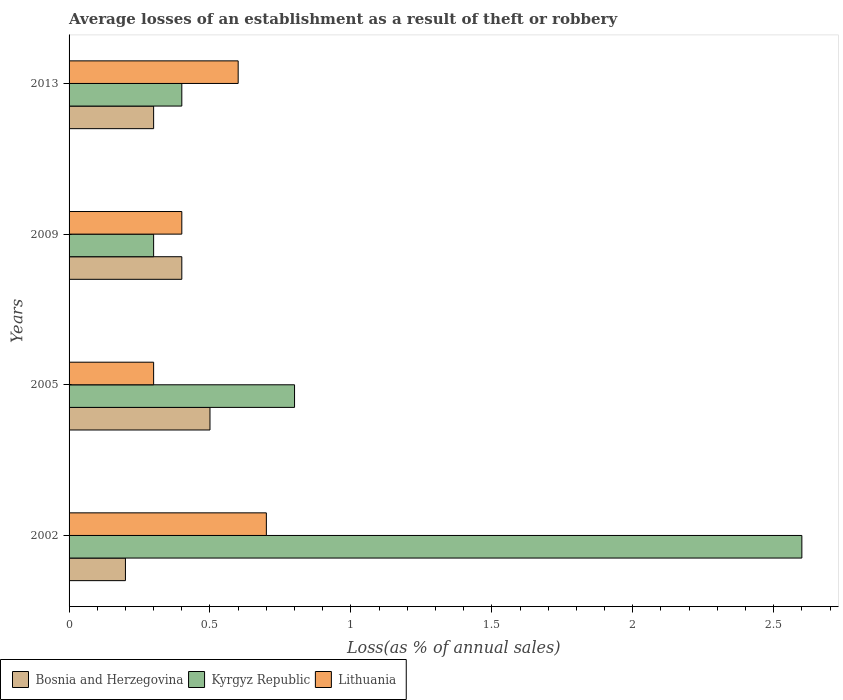
| Years | Bosnia and Herzegovina | Kyrgyz Republic | Lithuania |
 | --- | --- | --- | --- |
 | 2002 | 0.2 | 2.6 | 0.7 |
 | 2005 | 0.5 | 0.8 | 0.3 |
 | 2009 | 0.4 | 0.3 | 0.4 |
 | 2013 | 0.3 | 0.4 | 0.6 |